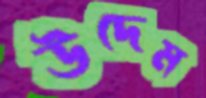
উদেম